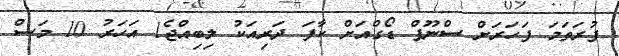
ފުރަތަމަ ފަހަރަށް ސްނޫޕް ޑޯގްއަށް ކާފަ ދަރިއަކު ލިބިއްޖެ1 އަހަރު 10 މަސް